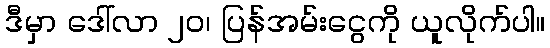
ဒီမှာ ဒေါ်လာ ၂၀၊ ပြန်အမ်းငွေကို ယူလိုက်ပါ။